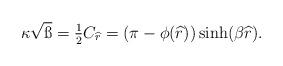
LaTeX: \begin{align*} \kappa\sqrt{\ss} = \tfrac12 C_{\widehat{r}} = (\pi-\phi(\widehat{r}))\sinh(\beta\widehat{r}).\end{align*}